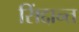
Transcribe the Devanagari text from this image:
सिंद्दान्त